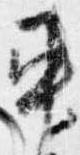
車